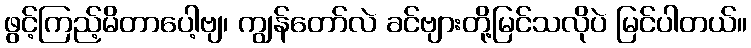
ဖွင့်ကြည့်မိတာပေါ့ဗျ၊ ကျွန်တော်လဲ ခင်ဗျားတို့မြင်သလိုပဲ မြင်ပါတယ်။